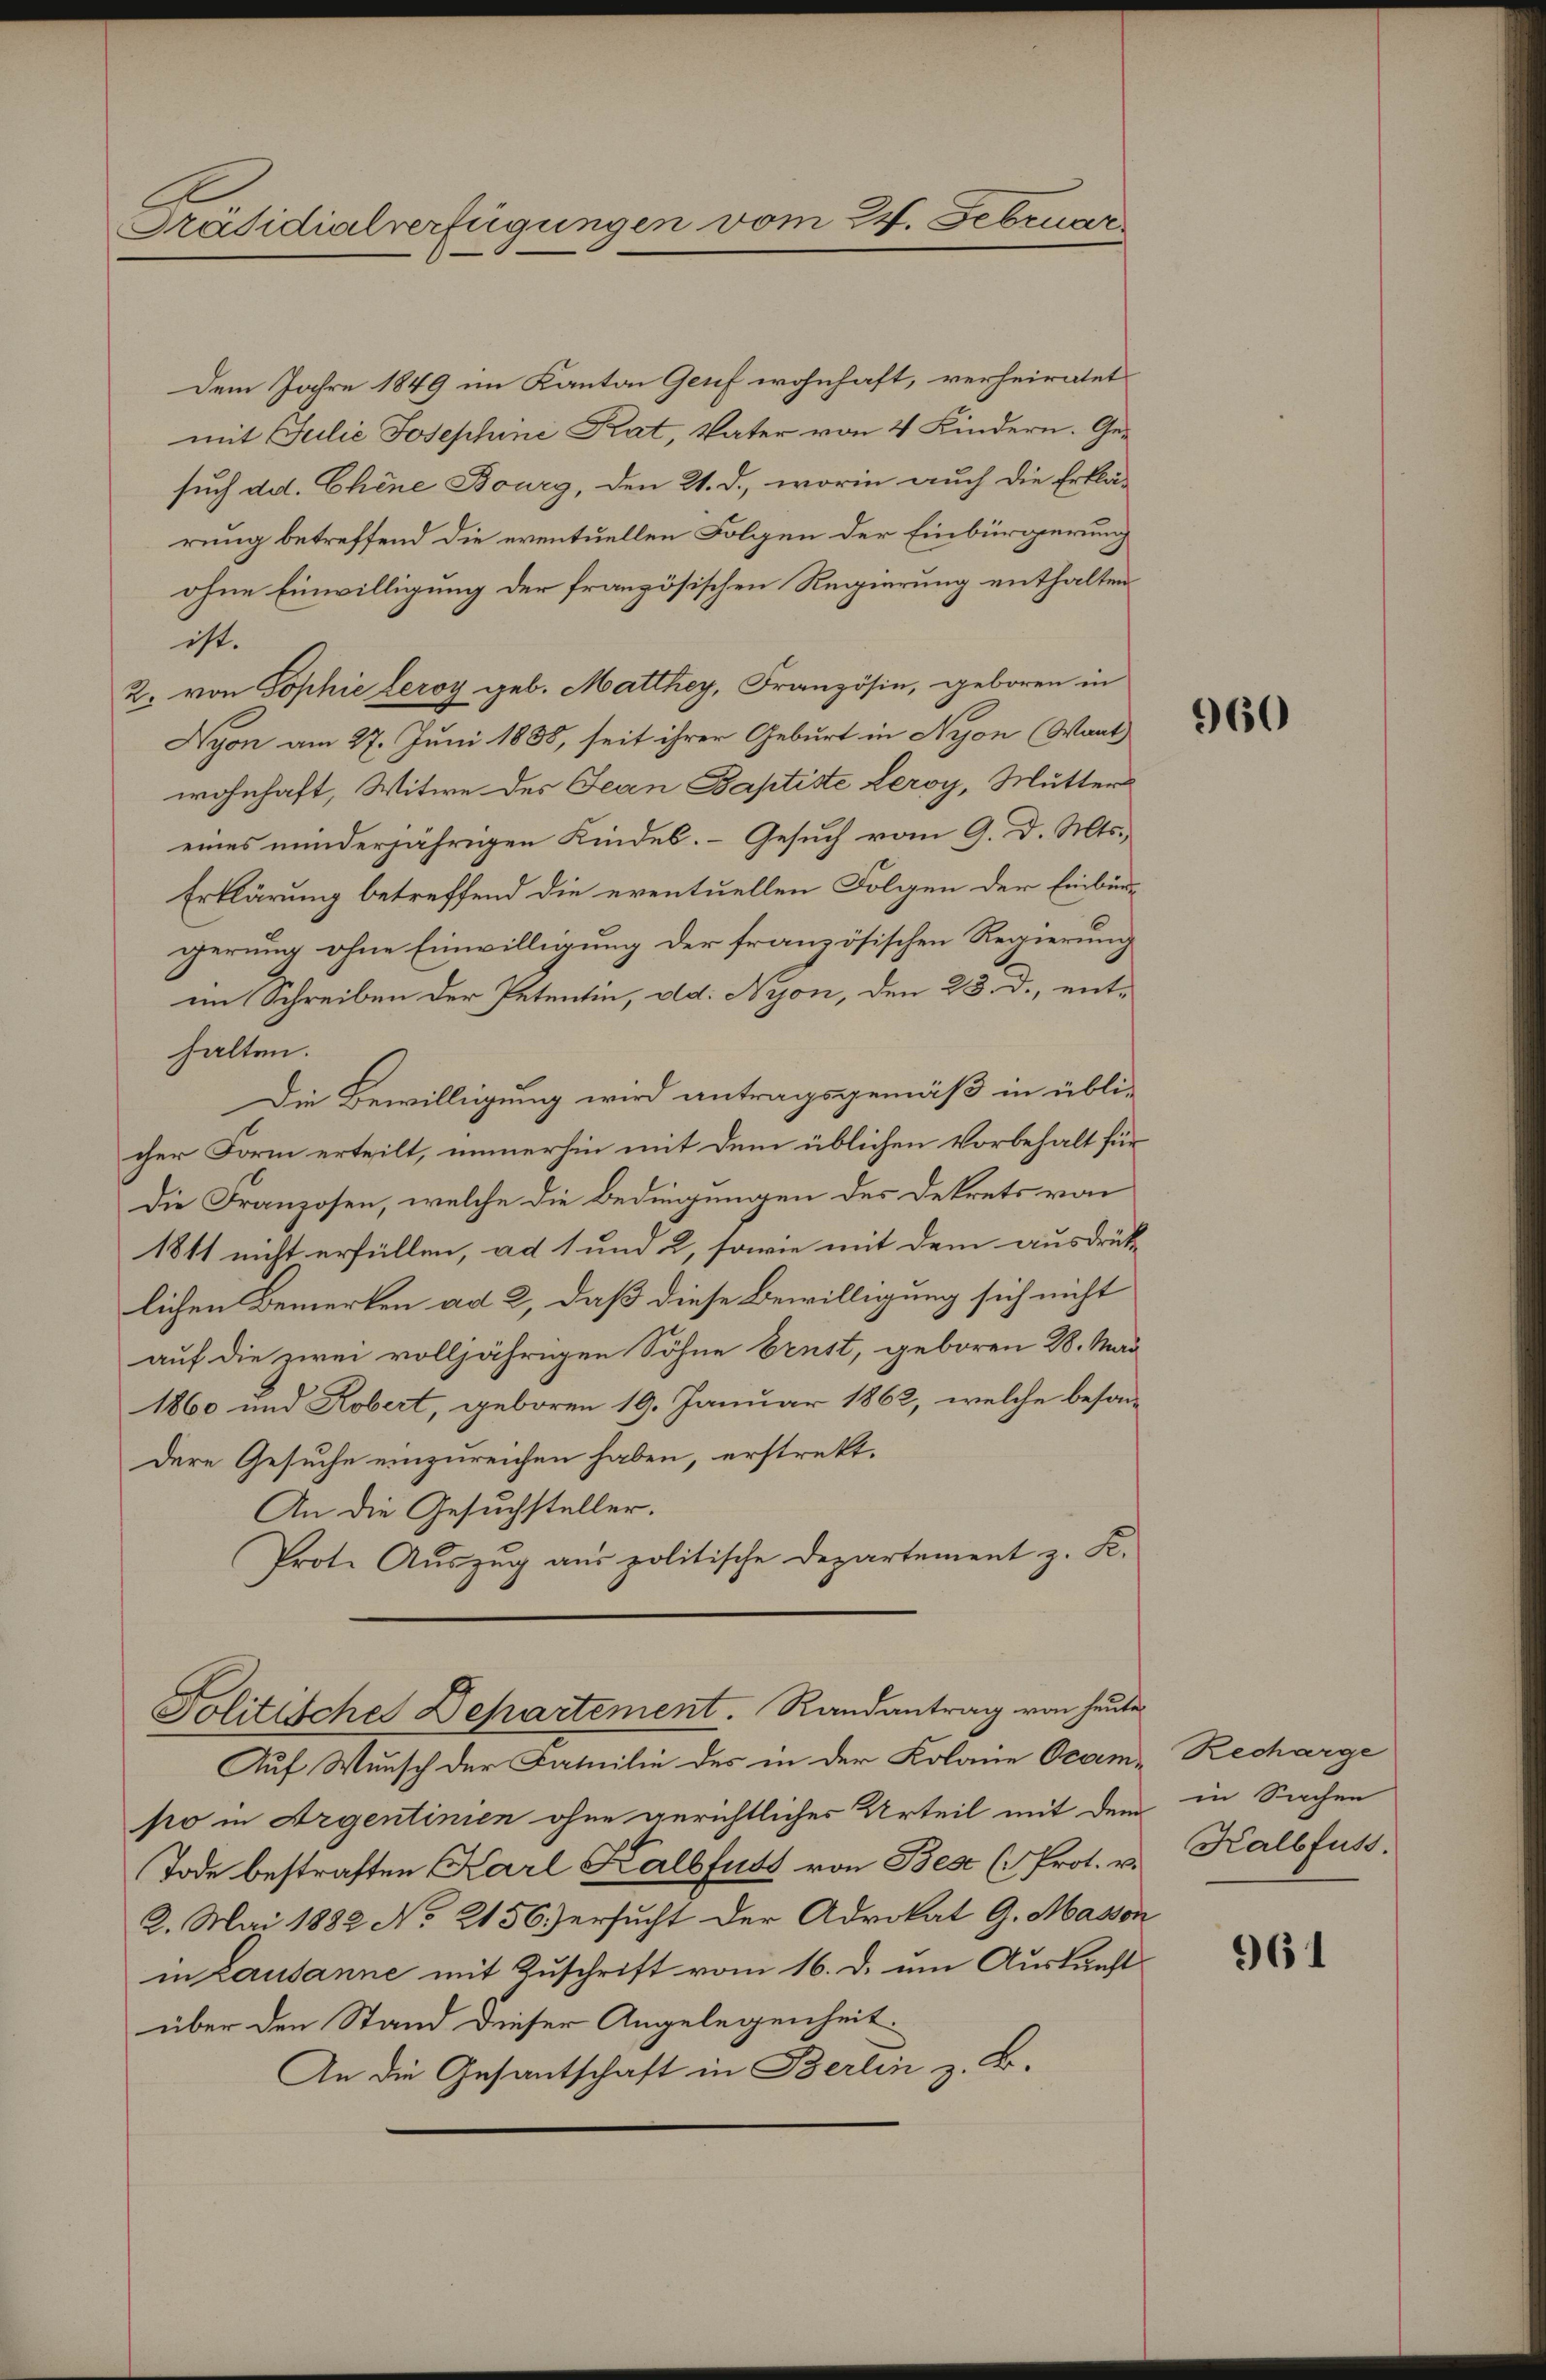
Präsidialverfügungen vom 24. Februar

Dem Jahre 1849 im Kanton Genf wohnhaft, verheiratet
mit Julie Josephine Rat, Vater von 4 Kindern. Gesuch ad. Chine Bourg, den 21. d., worin auch die Erklärung betreffend die eventuellen Folgen der Einbürgerung
ohne Einwilligung der französischen Regierung enthalten.
ist. |
2. von Sophie leroy geb. Matthey, Französin, geboren in
Nyon am 27. Juni 1888, seit ihrer Geburt in Nyon (Want
wohnhaft, Witwe des Jean Baptiste Leroy, Mutters
eines minderjährigen Kindes. Gesuch vom 9. d. Mts.
Erklärung betreffend die eventuellen Folgen der Einbürgerung ohne Einwilligung der französischen Regierung
im Schreiben der Petentin, ad. Nyon, den 23. d., enthalten.
Die Bewilligung wird antragsgemäß in übli-
cher Form erteilt, immerhin mit dem üblichen Vorbehalt für
Die Franzosen, welche die Bedingungen des Dekrets von
1811 nicht erfüllen, ad 1 und 2, sowie mit dem ausdrück-
lichen Bemerken ad 2, daß diese Bewilligung sich nicht
auf die zwei volljährigen Söhne brust, geboren 28. Mai
1860 und Kobert, geboren 19. Januar 1862, welche besondere Gesuche einzureichen haben, erstrekt.
An die Gesuchsteller.
Prote Auszug aus politische Departement z. K.
Politische Departement. Randantrag von heute
Auf Wunsch der Familie des in der Kolane Occem-
po in Argentinien ohne gerichtlicher Urteil mit dem in Sachen
Tode bestraften Karl Kalbfust von Bes (Prot. v.
2. Mai 1882 No 2156) ersucht der Advokat G. Masson
in Lausanne mit Zuschrift vom 16. d. um Auskunft
über den Stand dieser Angelegenheit
An die Gesantschaft in Berlin z. B.

960

Recharge
Kalbfuss.

961